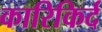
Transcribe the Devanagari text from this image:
कारिकिर्द